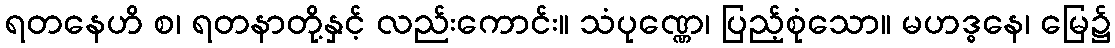
ရတနေဟိ စ၊ ရတနာတို့နှင့် လည်းကောင်း။ သံပုဏ္ဏေ၊ ပြည့်စုံသော။ မဟဒ္ဓနေ၊ မြေ၌